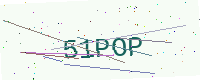
Text: 51POP